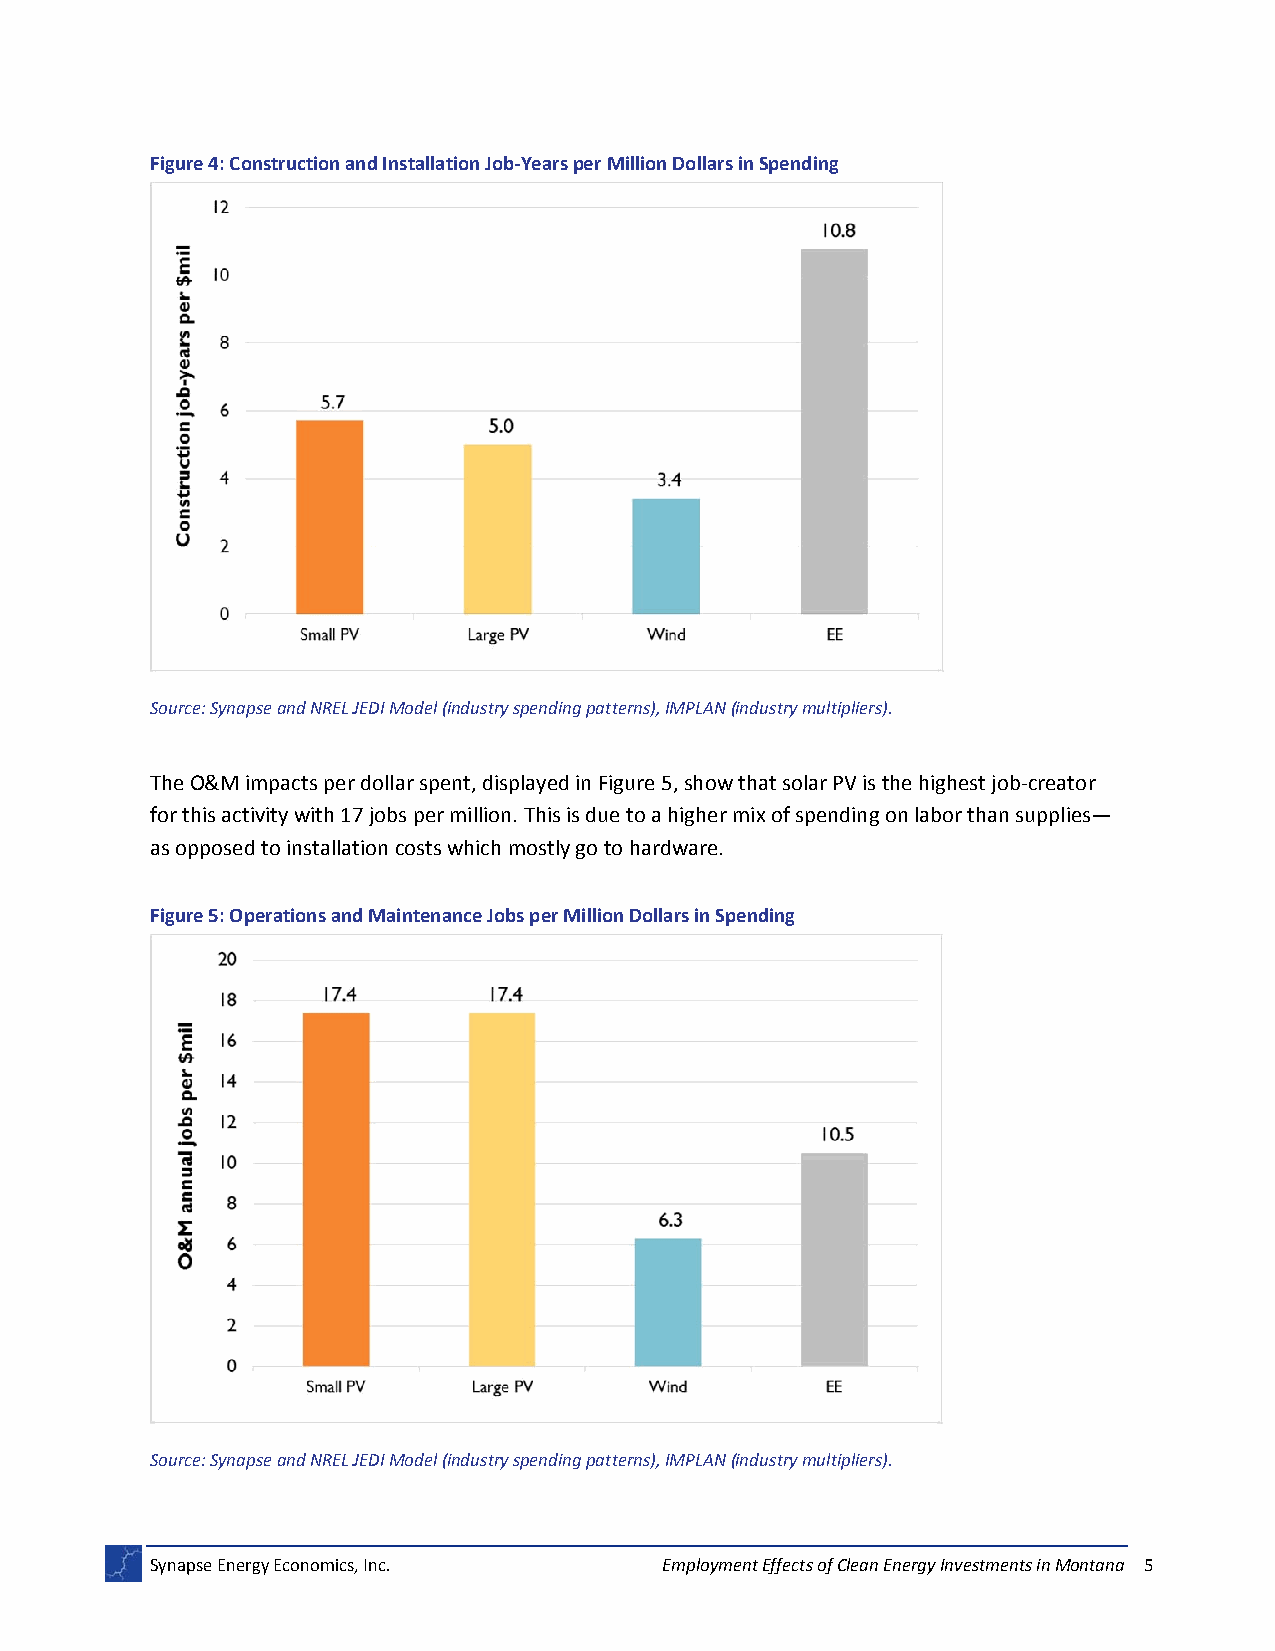
Figure 4: Construction and Installation Job‐Years per Million Dollars in Spending
 Source: Synapse and NREL JEDI Model (industry spending patterns), IMPLAN (industry multipliers).
 The O&M impacts per dollar spent, displayed in Figure 5, show that solar PV is the highest job‐creator
 for this activity with 17 jobs per million. This is due to a higher mix of spending on labor than supplies—
 as opposed to installation costs which mostly go to hardware.
 Figure 5: Operations and Maintenance Jobs per Million Dollars in Spending
 Source: Synapse and NREL JEDI Model (industry spending patterns), IMPLAN (industry multipliers).
 Synapse Energy Economics, Inc.    Employment Effects of Clean Energy Investments in Montana 5